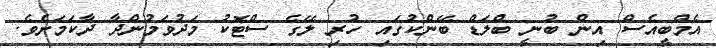
އެމްބީއެސް އިން ބުނީ ބްލަޑް ބޭންކުގައި ހުރި ލޭގެ ސްޓޮކު މަދުވަމުންދާ ދާކަމަށެވެ.